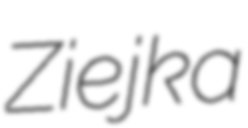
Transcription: Ziejka